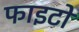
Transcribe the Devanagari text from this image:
फाइटो